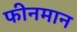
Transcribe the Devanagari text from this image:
फीनमान